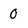
Character: 0